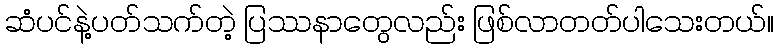
ဆံပင်နဲ့ပတ်သက်တဲ့ ပြဿနာတွေလည်း ဖြစ်လာတတ်ပါသေးတယ်။